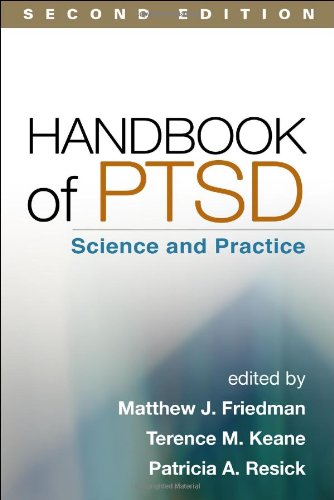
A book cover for Handbook of PTSD, Second Edition: Science and Practice; Medical Books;